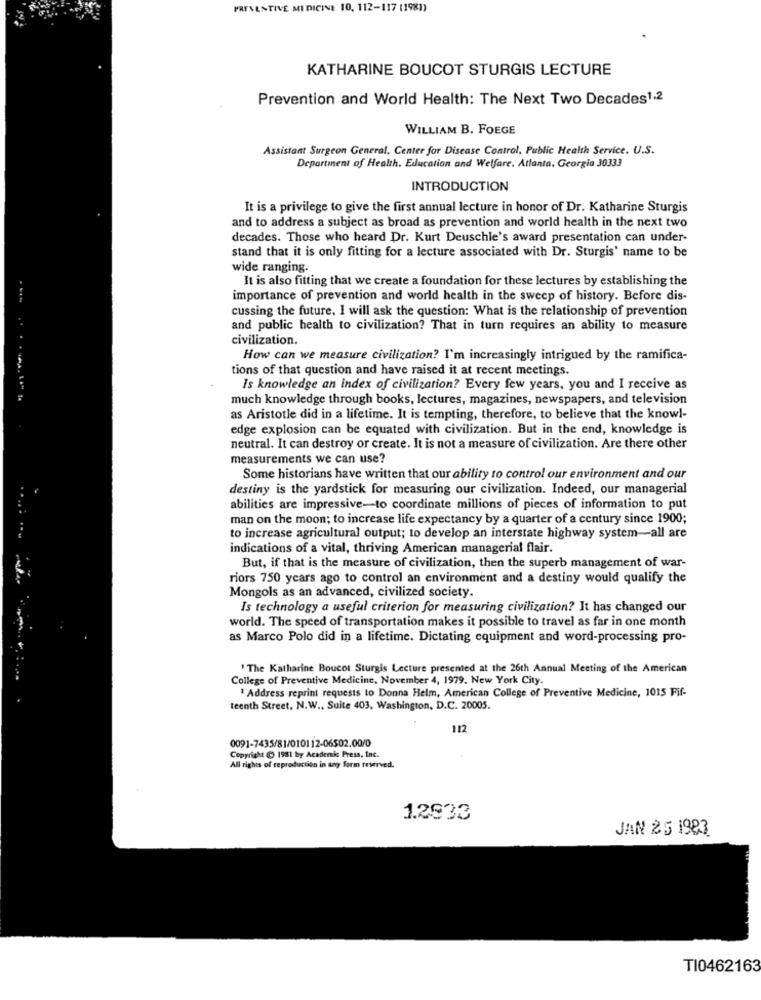
PREVENTIVE MI DICINE 10, 112-117 (1981)
KATHARINE BOUCOT STURGIS LECTURE
Prevention and World Health: The Next Two Decades1.2
WILLIAM B. FOEGE
Assistant Surgeon General. Center for Disease Control, Public Health Service. U.S.
Department of Health. Education and Welfare, Atlanta, Georgia 30333
INTRODUCTION
It is a privilege to give the first annual lecture in honor of Dr. Katharine Sturgis
and to address a subject as broad as prevention and world health in the next two
decades. Those who heard Dr. Kurt Deuschle's award presentation can under-
stand that it is only fitting for a lecture associated with Dr. Sturgis' name to be
wide ranging.
It is also fitting that we create a foundation for these lectures by establishing the
importance of prevention and world health in the sweep of history. Before dis-
cussing the future, I will ask the question: What is the relationship of prevention
and public health to civilization? That in turn requires an ability to measure
civilization.
How can we measure civilization? I'm increasingly intrigued by the ramifica-
tions of that question and have raised it at recent meetings.
Is knowledge an index of civilization? Every few years, you and I receive as
. ... .. . . .... .. " 1.
much knowledge through books, lectures, magazines, newspapers, and television
as Aristotle did in a lifetime. It is tempting, therefore, to believe that the knowl-
edge explosion can be equated with civilization. But in the end, knowledge is
neutral. It can destroy or create. It is not a measure of civilization. Are there other
measurements we can use?
Some historians have written that our ability to control our environment and our
destiny is the yardstick for measuring our civilization. Indeed, our managerial
abilities are impressive-to coordinate millions of pieces of information to put
man on the moon; to increase life expectancy by a quarter of a century since 1900;
....
to increase agricultural output; to develop an interstate highway system-all are
indications of a vital, thriving American managerial flair.
But, if that is the measure of civilization, then the superb management of war-
riors 750 years ago to control an environment and a destiny would qualify the
Mongols as an advanced, civilized society.
Is technology a useful criterion for measuring civilization? It has changed our
world. The speed of transportation makes it possible to travel as far in one month
as Marco Polo did in a lifetime. Dictating equipment and word-processing pro-
" The Katharine Boucot Sturgis Lecture presented at the 26th Annual Meeting of the American
College of Preventive Medicine, November 4, 1979. New York City.
" Address reprint requests to Donna Helm, American College of Preventive Medicine, 1015 Fif-
teenth Street, N.W ., Suite 403, Washington, D.C. 20005.
112
0091-7435/81/010112-06502.00/0
Copyright ( 1981 by Academic Press, Inc.
All rights of reproduction in any form reserved.
1.2933
JAN 25 1983
TI0462163